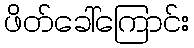
ဖိတ်ခေါ်ကြောင်း